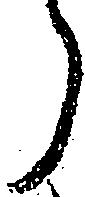
う